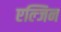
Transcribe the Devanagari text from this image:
एल्जिन